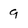
Character: 9